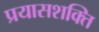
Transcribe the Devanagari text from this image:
प्रयासशक्ति